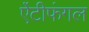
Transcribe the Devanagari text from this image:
ऐंटीफंगल